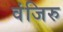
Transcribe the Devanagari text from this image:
वंजिरु